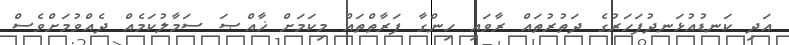
އަދި ކަނޑުއުޅަނދުފަހަރުގެ ދަތުރުތައް ރާވައި ހިންގާ ފަރާތްތައް މިކަމަށް ޚާއްޞަ ސަމާލުކަމެއް ދެއްވުމަށްވެސް